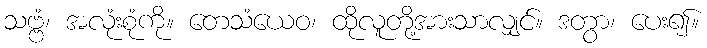
သဗ္ဗံ၊ အလုံးစုံကို။ တေသံယေဝ၊ ထိုလူတို့အားသာလျှင်။ ဒတွာ၊ ပေး၍။